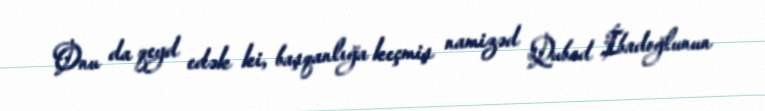
Onu da qeyd edək ki, başqanlığa keçmiş namizəd Qubad İbadoğlunun